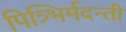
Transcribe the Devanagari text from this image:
पित्र्भिर्मदन्ती